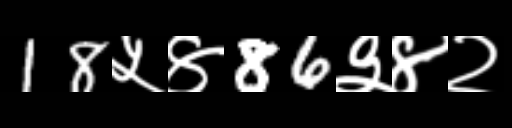
Text: 18५४86३४२